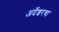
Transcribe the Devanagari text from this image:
अर्देशरचा